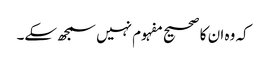
کہ وہ ان کا صحیح مفہوم نہیں سمجھ سکے۔